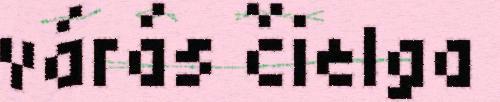
várás čielga